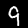
Label: 9